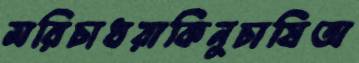
মরিচাধরাকিনুচাষিঅ